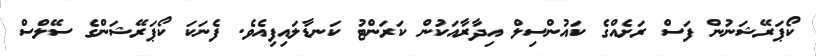
ކޯޕަރޭޝަނުން ފަސް ރަށެއްގެ ކައުންސިލް އިދާރާއަކުން ކަރަންޓު ކަނޑާލައިފިއެވެ. ފެނަކަ ކޯޕަރޭޝަންގެ ސޭލްސް